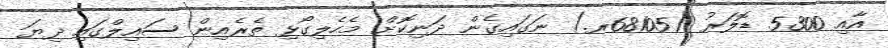
އާއި 5300 ޑޮލަރު (68105ރ.) ނަގައިގެން ދަނިކޮށް މެހެލިގޯޅި ތެރެއިން ސައިލްގައި ދިޔަ